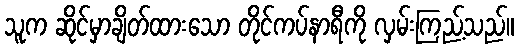
သူက ဆိုင်မှာချိတ်ထားသော တိုင်ကပ်နာရီကို လှမ်းကြည့်သည်။